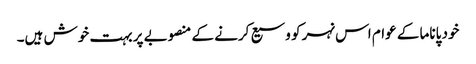
خود پاناما کے عوام اس نہر کو وسیع کرنے کے منصوبے پر بہت خوش ہیں۔